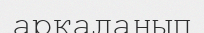
арқаланып